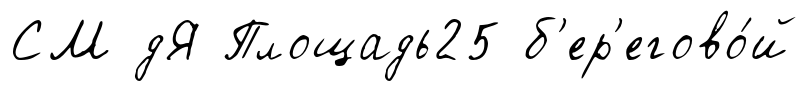
СМ дЯ Площадь25 б'ер'егово́й